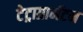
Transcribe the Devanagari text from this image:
टेट्राग्रामॅटन